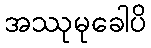
အဿုမုခေါပိ